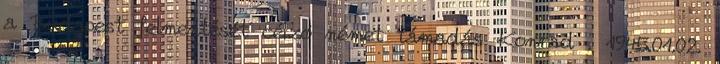
a Budapest felmentését célzó német támadás Konrad . 1945.01.02.